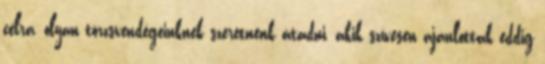
célra, olyan törzsvendégeinknek szeretnénk átadni, akik szívesen ajánlottak eddig